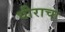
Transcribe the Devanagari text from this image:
धीराचा